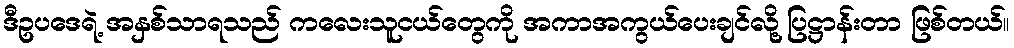
ဒီဥပဒေရဲ့ အနှစ်သာရသည် ကလေးသူငယ်တွေကို အကာအကွယ်ပေးချင်လို့ ပြဋ္ဌာန်းတာ ဖြစ်တယ်။